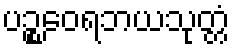
ပဉ္စဝေရဘယသုတ္တံ